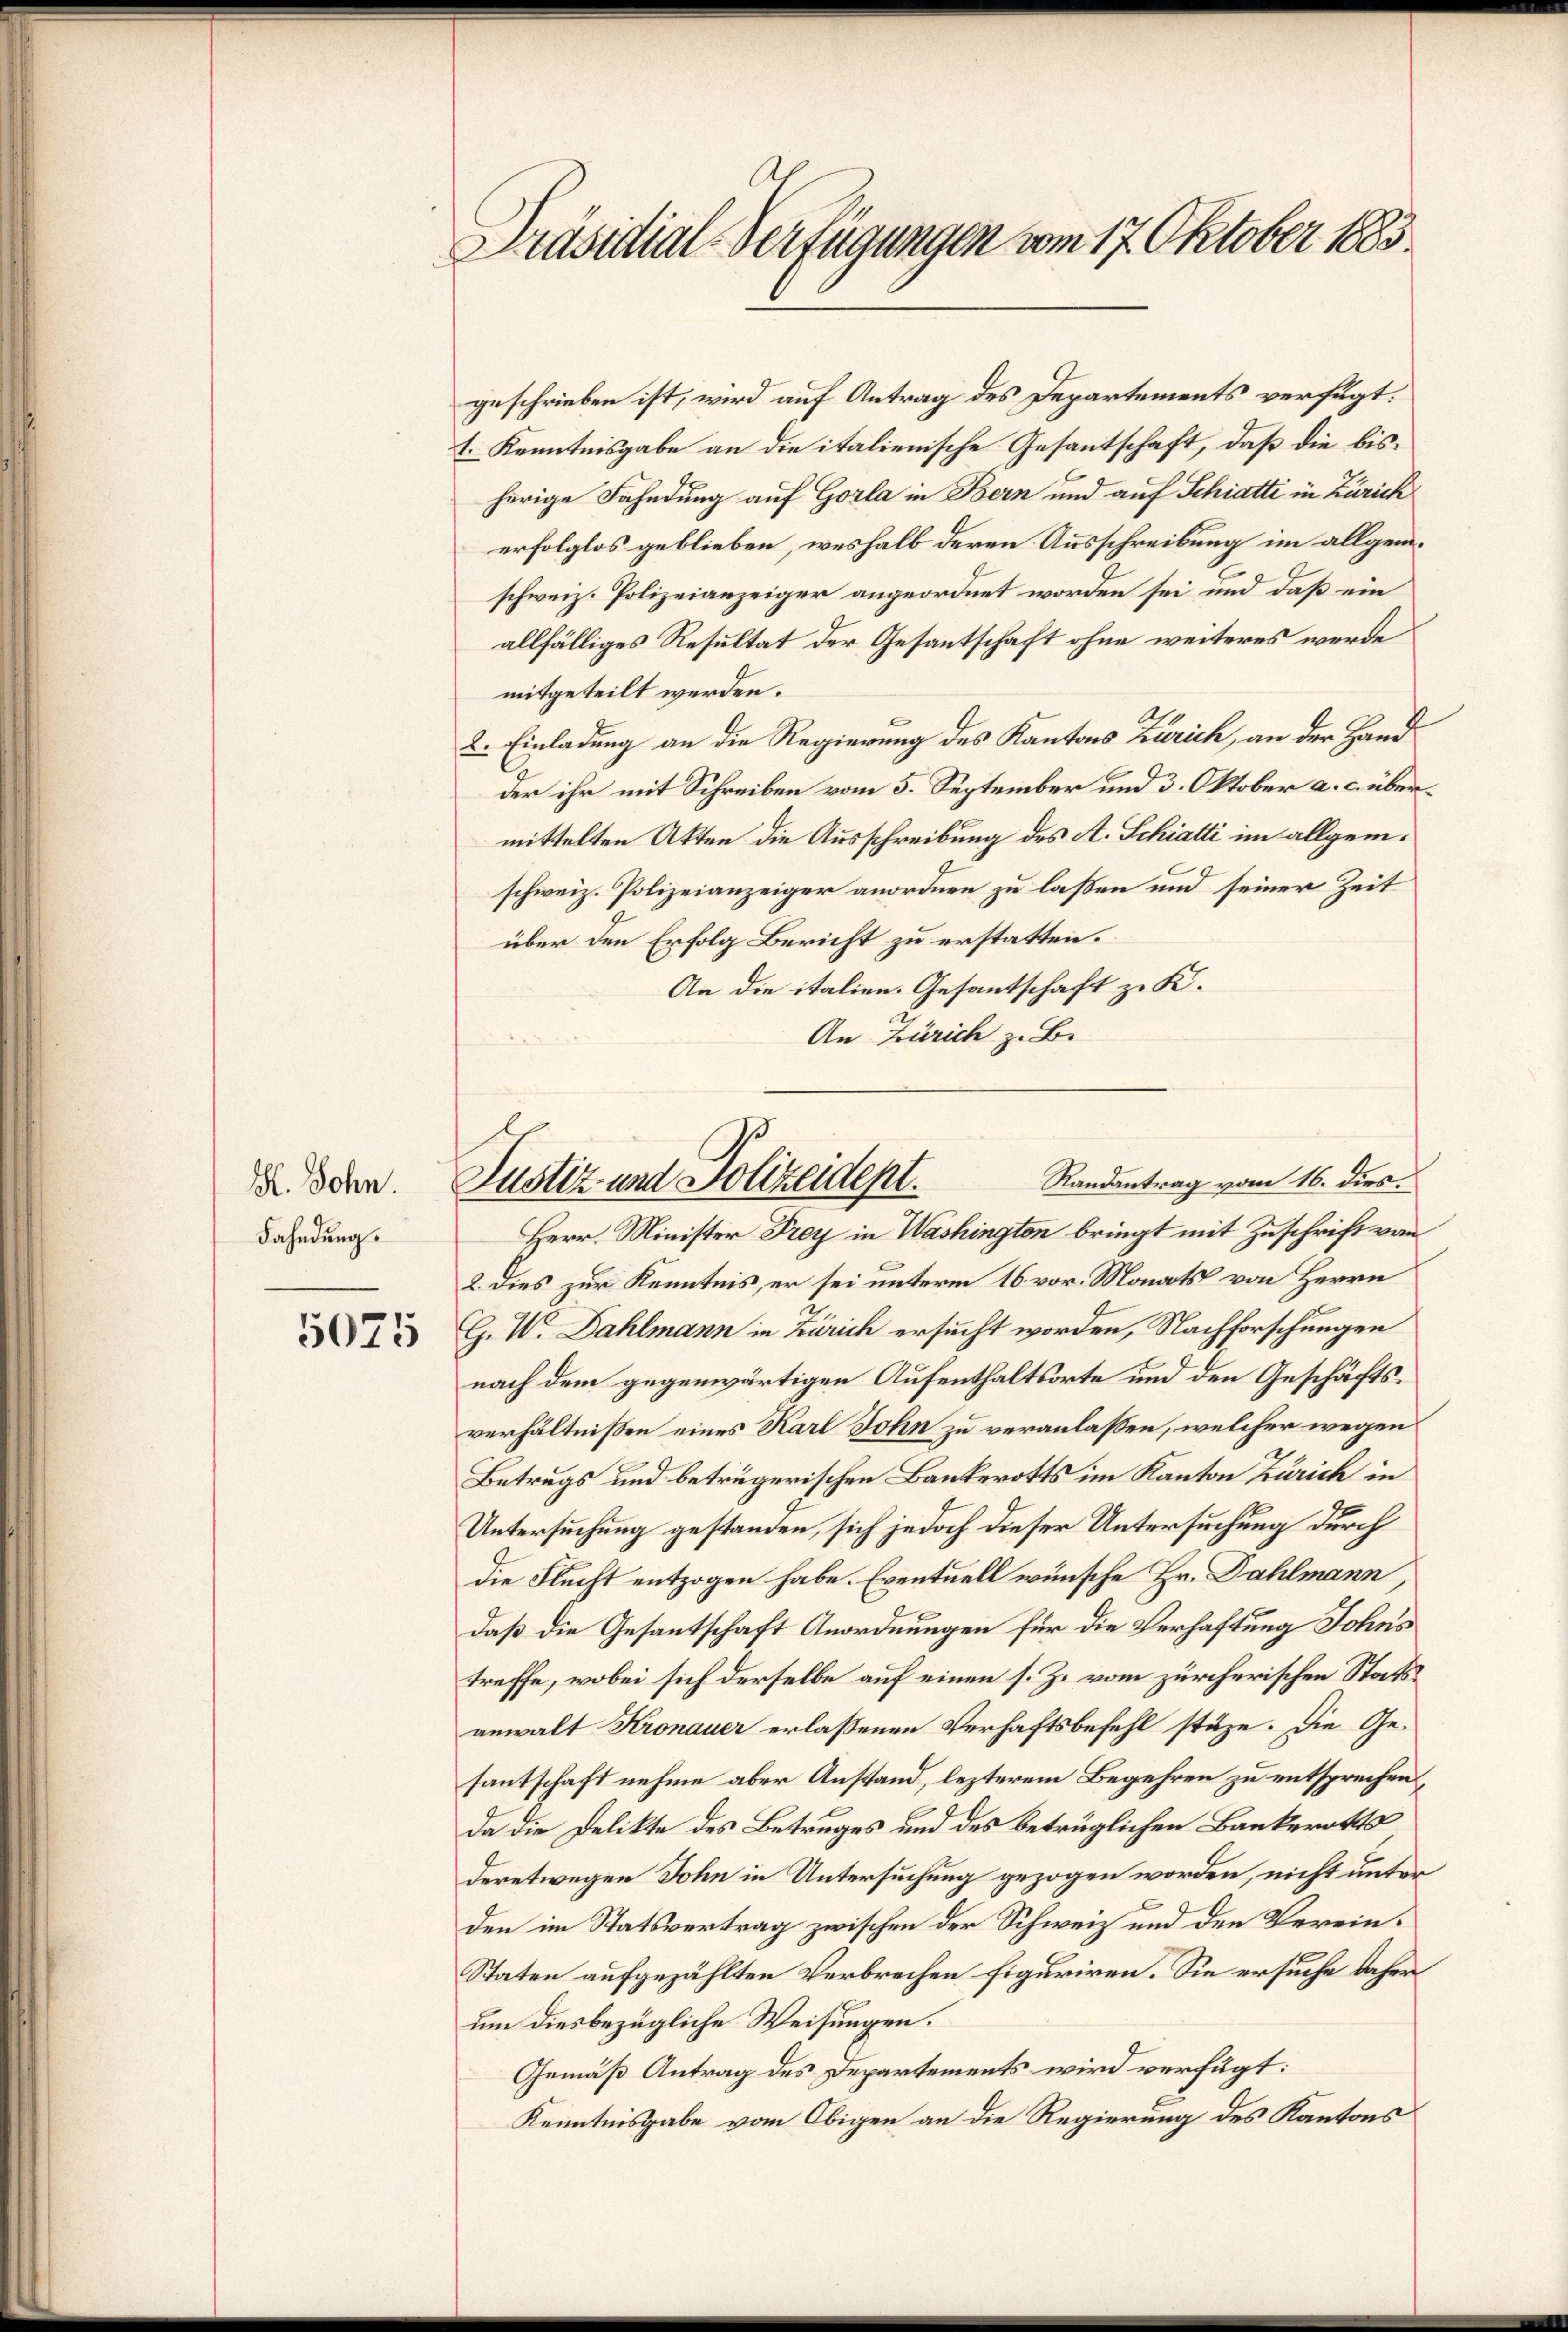
H. Sohn.
Fahndung.

5075

Präsidial-Verfügungen vom 17. Oktober 1885.

geschrieben ist, wird auf Antrag des Departements verfügt:
t. Kenntnisgabe an die italienische Gesantschaft, daß die bisherige Fahndung auf Gorla in Bern und auf Schiatti in Zürich
erfolglos geblieben, weshalb deren Ausschreibung im allgem.
schweiz. Polizeianzeiger angeordnet worden sei und daß ein
allfälliges Resultat der Gesantschaft ohne weiteres werde
mitgeteilt werden.
2. Einladung an die Regierung des Kantons Zürich, an der Handder ihr mit Schreiben vom 5. September und 3. Oktober a. c. übermittelten Akten die Ausschreibung des A. Schiatti im allgem.
schweiz. Polizeianzeiger anordnen zu laßen und seiner Zeit
über den Erfolg Bericht zu erstatten.
An die italien. Gesantschaft zu K.
An Zürich z. B.
Herr Minister Frey in Washington bringt mit Zuschrift von
2. Dies zur Kenntnis, er sei unterm 16. vor. Monats von Herrn
G. W. Dahlmann in Zürich ersucht worden, Nachforschungen
nach dem gegenwärtigen Aufenthaltsorte und den Geschäftsverhältnißen eines Karl John zu veranlaßen, welcher wegen
Betrugs und betrügerischen Bankerotts im Kanton Zürich in
Untersuchung gestanden, sich jedoch dieser Untersuchung durch
die Flucht entzogen habe. Eventuell wünsche Hr. Dahlmann,
daß die Gesantschaft Anordnungen für die Verhaftung Johns
treffe, wobei sich derselbe auf einen s. Z. vom zürcherischen Statsanwalt Kronauer erlassenen Verhaftsbefehl stäze. Die Gesantschaft nehme aber Anstand, lezterem Begehren zu entsprechen,
Da die Delikte des Betruges und des betrüglichen Bankerotts
deretwegen John in Untersuchung gezogen worden, nicht unter
den im Statsvertrag zwischen der Schweiz und den Verein¬
Staten aufgezählten Verbrechen figuriren. Sie ersuche daher
um diesbezügliche Weisungen.
Gemäß Antrag des Departements wird verfügt:
Kenntnisgabe vom Obigen an die Regierung des Kantons

Randantrag vom 16. dies.
Justiz und Polizeidept.